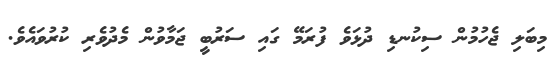
މިބަލި ޖެހުމުން ސިކުނޑި ދުޅަވެ ފުރަމޭ ގައި ސަރުބީ ޖަމާވުން މެދުވެރި ކުރުވައެވެ.